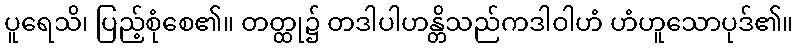
ပူရေသိ၊ ပြည့်စုံစေ၏။ တတ္ထု၌ တဒါပါဟန္တိသည်ကဒါဝါဟံ ဟံဟူသောပုဒ်၏။